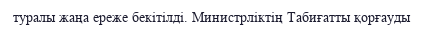
туралы жаңа ереже бекітілді. Министрліктің Табиғатты қорғауды